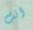
انت